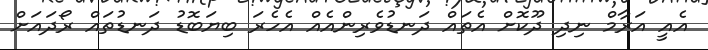
އެއީ އަރާމް ނިދި ދޫކޮށް އެތައް ދަނޑުވެރިންއެއް އެހެރަ ބިޔަބޮޑު ދަނޑުތައް ރޯދައަށް